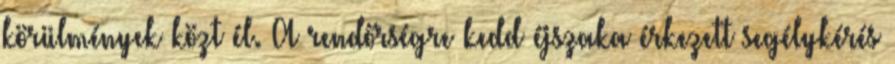
körülmények közt él. A rendőrségre kedd éjszaka érkezett segélykérés